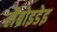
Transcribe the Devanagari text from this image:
लैब्रोइडेइ